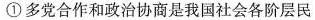
①多党合作和政治协商是我国社会各阶层民